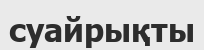
суайрықты